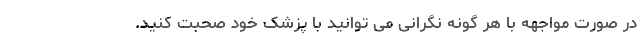
در صورت مواجهه با هر گونه نگرانی می توانید با پزشک خود صحبت کنید.